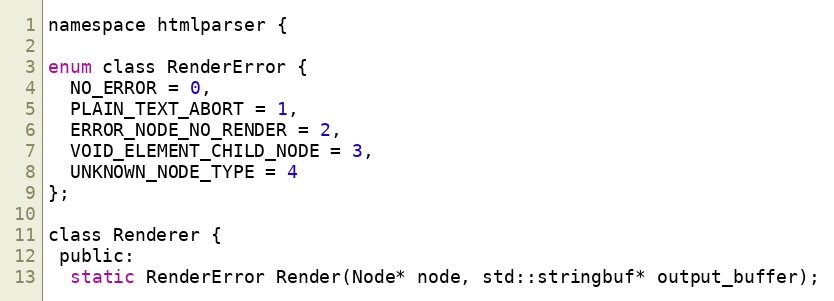
Language: C
namespace htmlparser {

enum class RenderError {
  NO_ERROR = 0,
  PLAIN_TEXT_ABORT = 1,
  ERROR_NODE_NO_RENDER = 2,
  VOID_ELEMENT_CHILD_NODE = 3,
  UNKNOWN_NODE_TYPE = 4
};

class Renderer {
 public:
  static RenderError Render(Node* node, std::stringbuf* output_buffer);